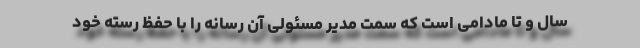
سال و تا مادامی است که سمت مدیر مسئولی آن رسانه را با حفظ رسته خود